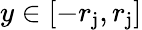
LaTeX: y\in\left[-r_{\mathrm{j}},r_{\mathrm{j}}\right]